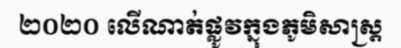
២០២០ លើណាត់ផ្លូវក្នុងភូមិសាស្ត្រ